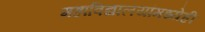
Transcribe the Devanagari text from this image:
महाविद्यालयांमध्येही